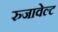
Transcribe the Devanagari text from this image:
रुजावेल्ट